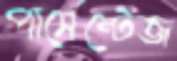
পার্সেন্টেজ